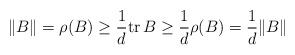
LaTeX: \begin{align*}\|B\|=\rho(B)\geq \frac{1}{d}\mathrm{tr}\,B \geq \frac{1}{d}\rho(B)=\frac{1}{d}\|B\|\end{align*}